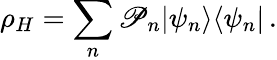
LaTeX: \rho_{H}=\sum_{n}\mathscr{P}_{n}|\psi_{n}\rangle\langle\psi_{n}|\, .